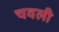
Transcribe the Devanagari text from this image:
चवली